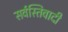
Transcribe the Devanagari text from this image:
सर्वस्तिवादी